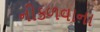
નીકળવાના